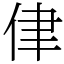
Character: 侓